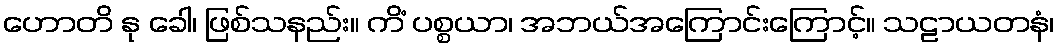
ဟောတိ နု ခေါ၊ ဖြစ်သနည်း။ ကိံ ပစ္စယာ၊ အဘယ်အကြောင်းကြောင့်။ သဠာယတနံ၊